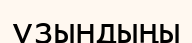
ұзындыңы